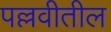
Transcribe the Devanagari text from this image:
पल्लवीतील